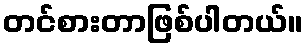
တင်စားတာဖြစ်ပါတယ်။